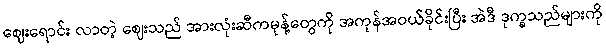
ဈေးရောင်း လာတဲ့ ဈေးသည် အားလုံးဆီကမုန့်တွေကို အကုန်အဝယ်ခိုင်းပြီး အဲဒီ ဒုက္ခသည်များကို